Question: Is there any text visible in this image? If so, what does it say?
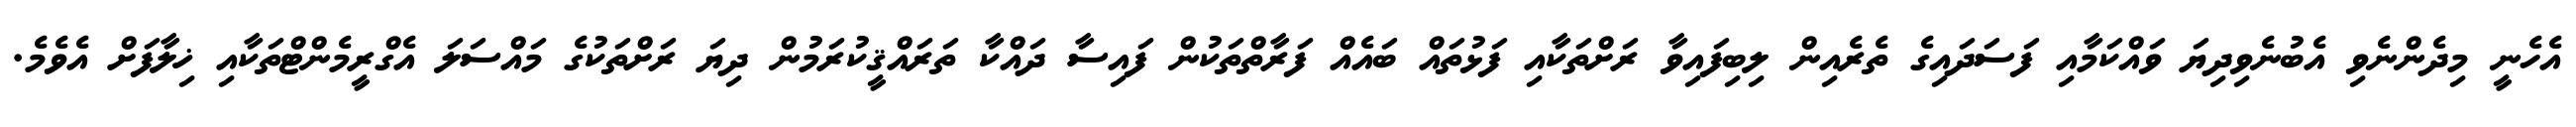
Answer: އެހެނީ މިދެންނެވި އެބުނެވިދިޔަ ވައްކަމާއި ފަސަދައިގެ ތެރެއިން ލިބިފައިވާ ރަށްތަކާއި ފަޅުތައް ބައެއް ފަރާތްތަކުން ފައިސާ ދައްކާ ތަރައްޤީކުރަމުން ދިޔަ ރަށްތަކުގެ މައްސަލަ އެގްރީމެންޓްތަކާއި ޚިލާފަށް އެވެމެ.